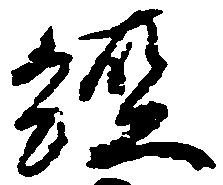
経